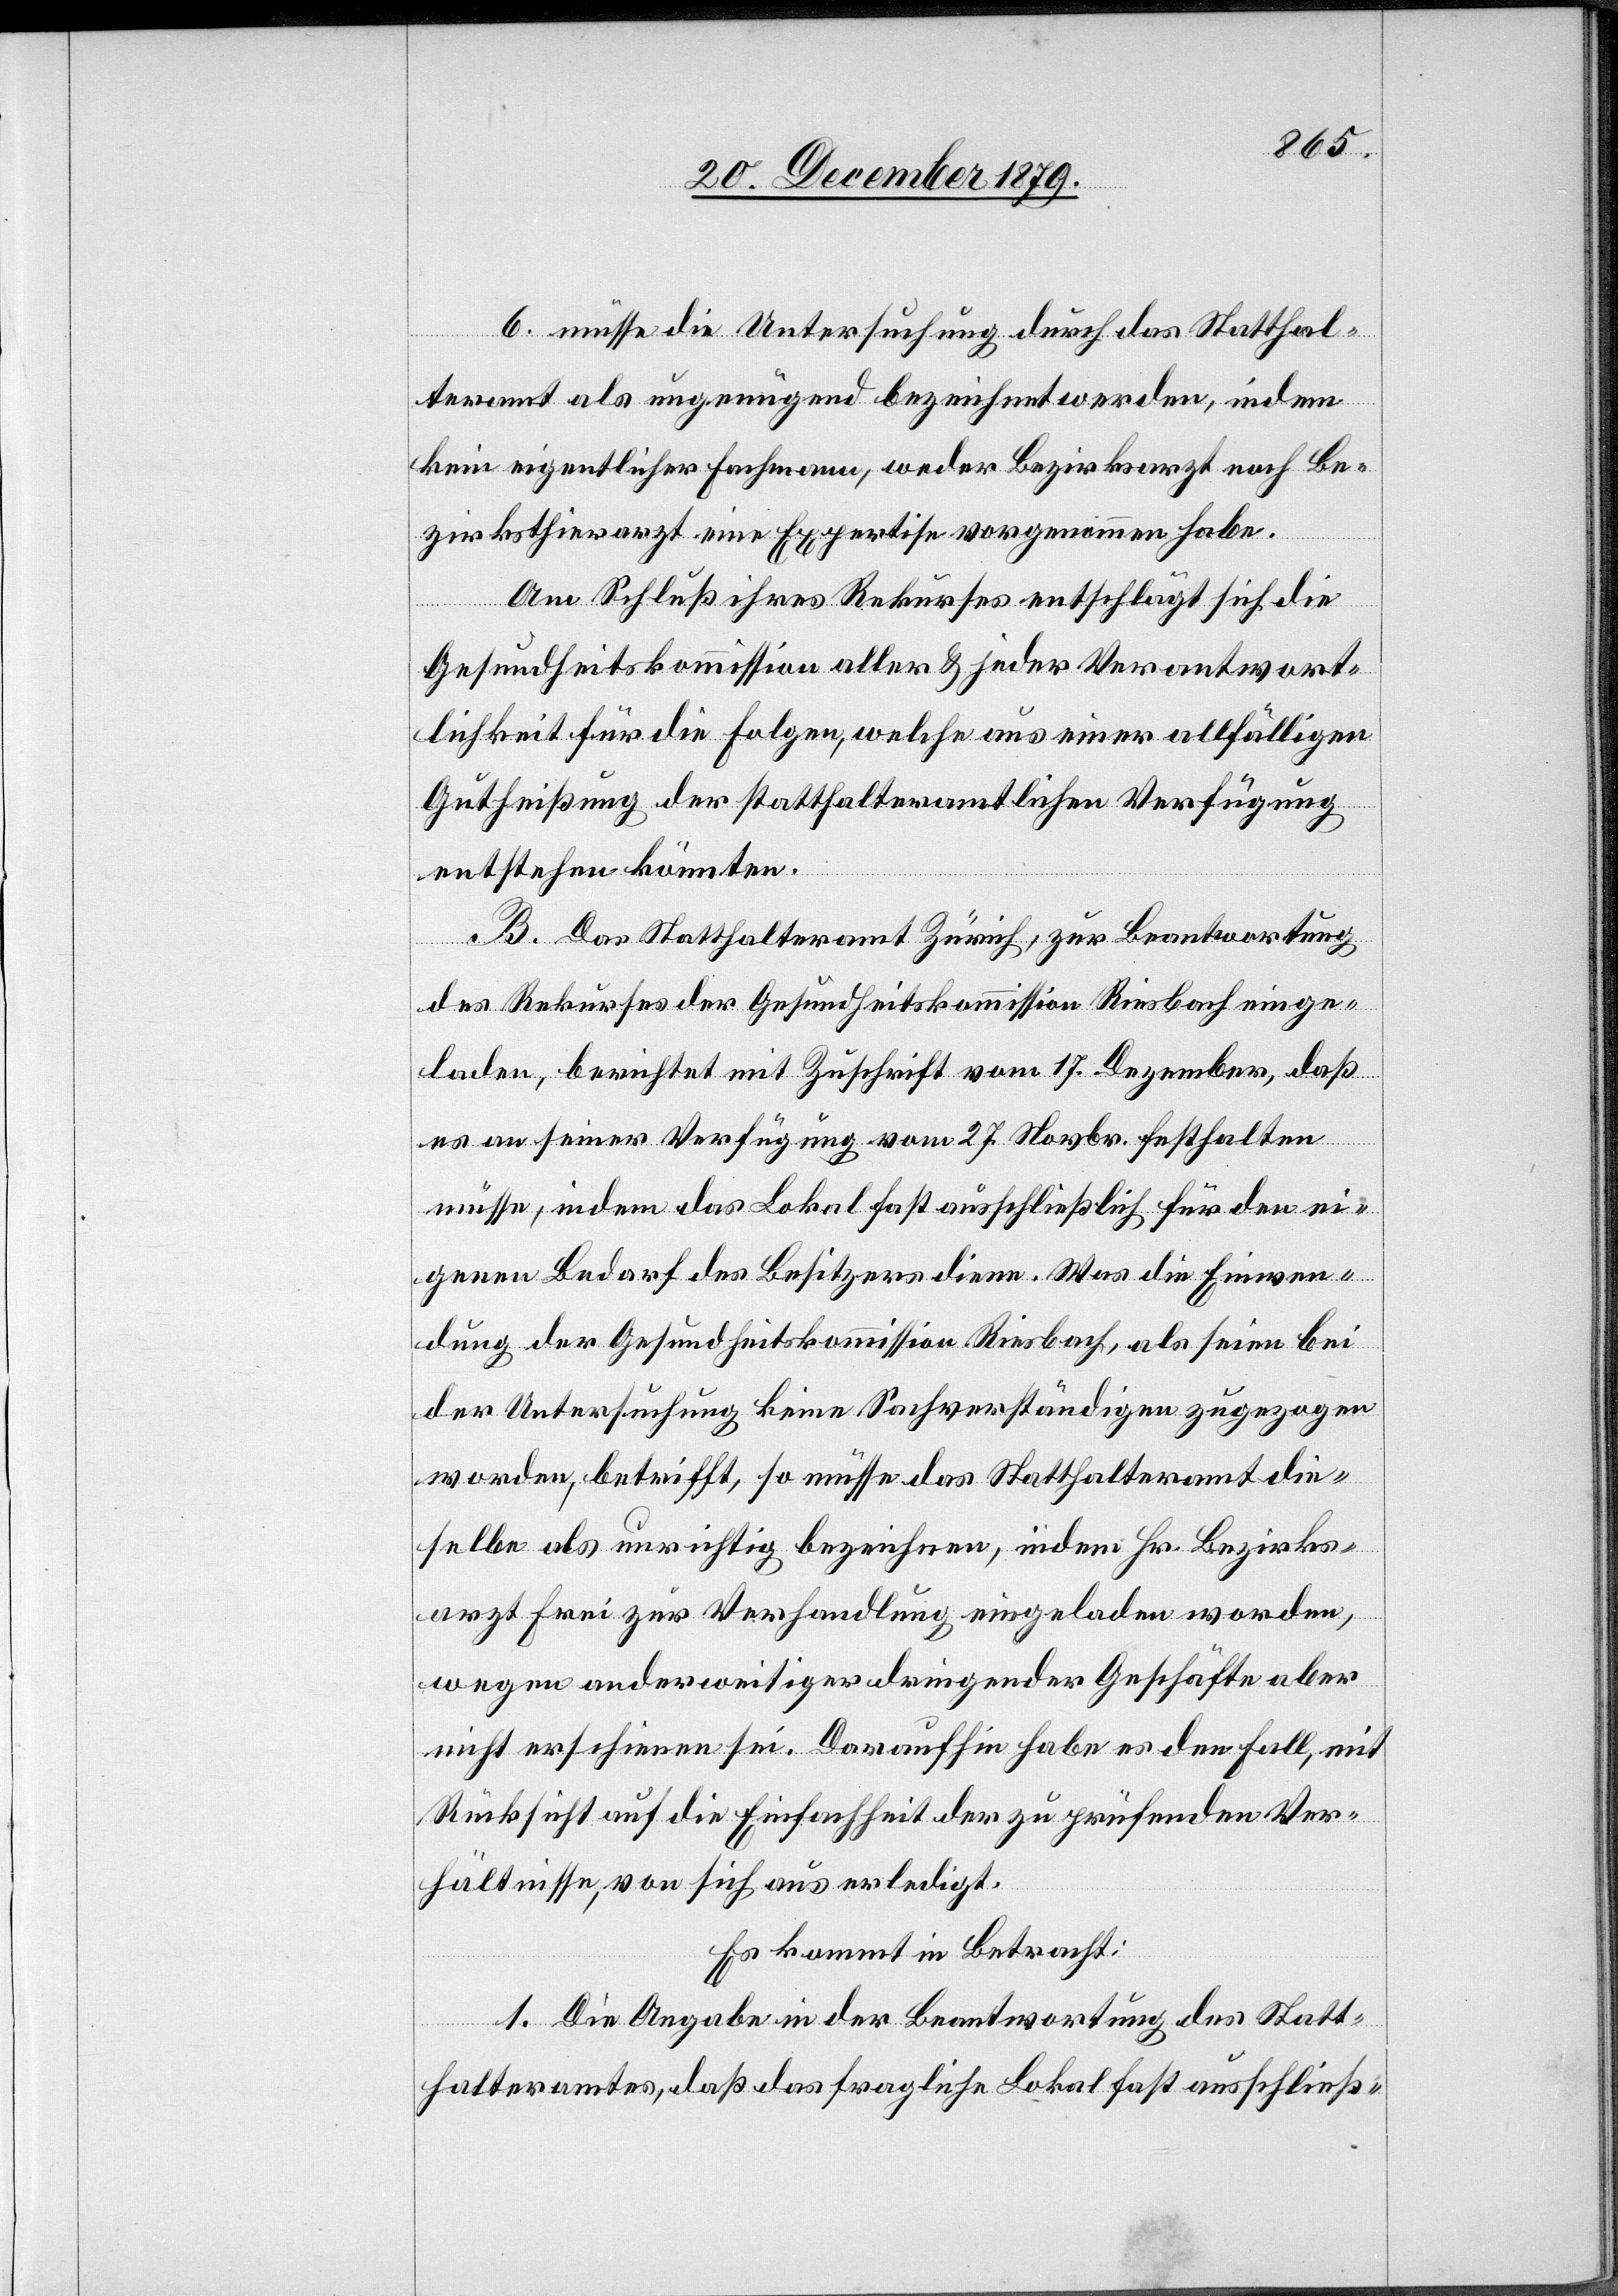
6. müsse die Untersuchung durch das Statthal¬
teramt als ungenügend bezeichnet werden, indem
kein eigentlicher Fachmann, weder Bezirksarzt noch Be¬
zirksthierarzt eine Expertise vorgenommen habe.
Am Schluß ihres Rekurses entschlägt sich die
lfälligen
Gesundheitskommission aller & jeder Verantwort¬
Gutheißung der statthalteramtlichen Verfügung
entstehen könnten.
B. Das Statthalteramt Zürich, zur Beantwortung
des Rekurses der Gesundheitskommission Riesbach einge¬
laden, berichtet mit Zuschrift vom 17. Dezember, daß
es an seiner Verfügung vom 27. Novbr. festhalten
müsse, indem das Lokal fast ausschließlich für den ei¬
genen Bedarf des Besitzers diene. Was die Einwen¬
dung der Gesundheitskommission Riesbach, als seien bei
der Untersuchung keine Sachverständigen zugezogen
worden, betrifft, so müsse das Statthalteramt die¬
selbe als unrichtig bezeichnen, indem Hr. Bezirks¬
arzt Frei zur Verhandlung eingeladen worden,
wegen anderweitiger dringender Geschäfte aber
nicht erschienen sei. Daraufhin habe es den Fall, mit
Rücksicht auf die Einfachheit der zu prüfenden Ver¬
hältnisse, von sich aus erledigt.
Es kommt in Betracht:
1. Die Angabe in der Beantwortung des Statt¬
halteramtes, daß das fragliche Lokal fast ausschließ-